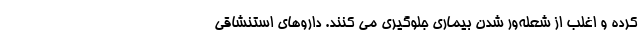
کرده و اغلب از شعله‌ور شدن بیماری جلوگیری می کنند. داروهای استنشاقی